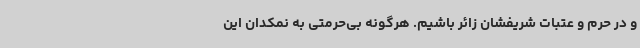
و در حرم و عتبات شریفشان زائر باشیم. هرگونه بی‌حرمتی به نمکدان این